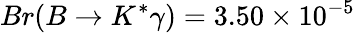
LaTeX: Br(B\rightarrow K^{*}\gamma)=3.50\times 10^{-5}